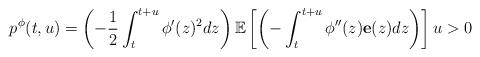
LaTeX: \begin{align*}p^{\phi}(t,u)= \left (-\frac{1}{2} \int_{t}^{t+u} \phi'(z)^2 dz \right ) \mathbb{E}\left[\left (-\int_{t}^{t+u} \phi''(z) \textbf{e}(z)dz \right)\right] u>0\end{align*}